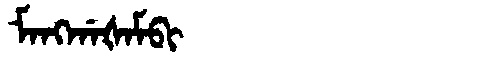
Manchu: ᠮᠠᠩᡤᠠᡧᠠᠮᠪᡳ
Romanization: MANGGAŠAMBI